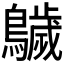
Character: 𱉁